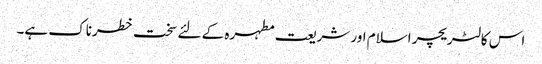
اس کا لٹریچر اسلام اور شریعت مطہرہ کے لئے سخت خطرناک ہے۔